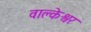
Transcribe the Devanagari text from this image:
वाल्केश्वर